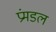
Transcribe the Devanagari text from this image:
प्रंमडल